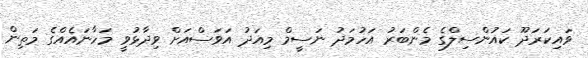
ވައިކަރަދޫ ކައުންސިލްގެ މެންބަރު އަހުމަދު ނަސީމް މިއަދު އަވަސްއަށް ވިދާޅުވީ މަހާނައެއްގެ މަތިން